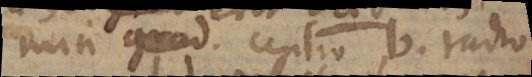
min grad centro b. radio